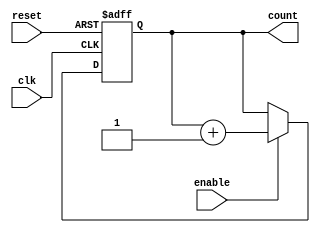
module BinaryUpCounter (
    input wire clk,
    input wire reset,
    input wire enable,
    output reg [N-1:0] count
);

parameter N = 4;  // Number of bits in the counter

always @(posedge clk or posedge reset) begin
    if (reset) begin
        count <= 0;
    end else if (enable) begin
        count <= count + 1;
    end
end

endmodule